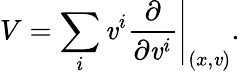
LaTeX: V=\sum_{i}\left.\mathit{v}^{i}{\frac{{\partial}}{{\partial\mathit{v}^{i}}}}\right|_{(x,\mathit{v})}.